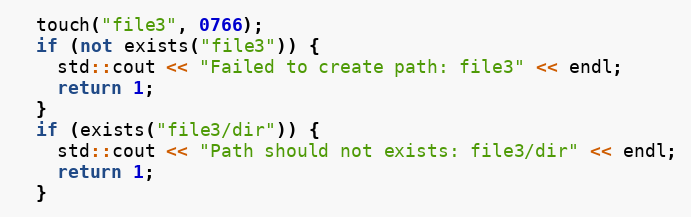
Language: C++
  touch("file3", 0766);
  if (not exists("file3")) {
    std::cout << "Failed to create path: file3" << endl;
    return 1;
  }
  if (exists("file3/dir")) {
    std::cout << "Path should not exists: file3/dir" << endl;
    return 1;
  }